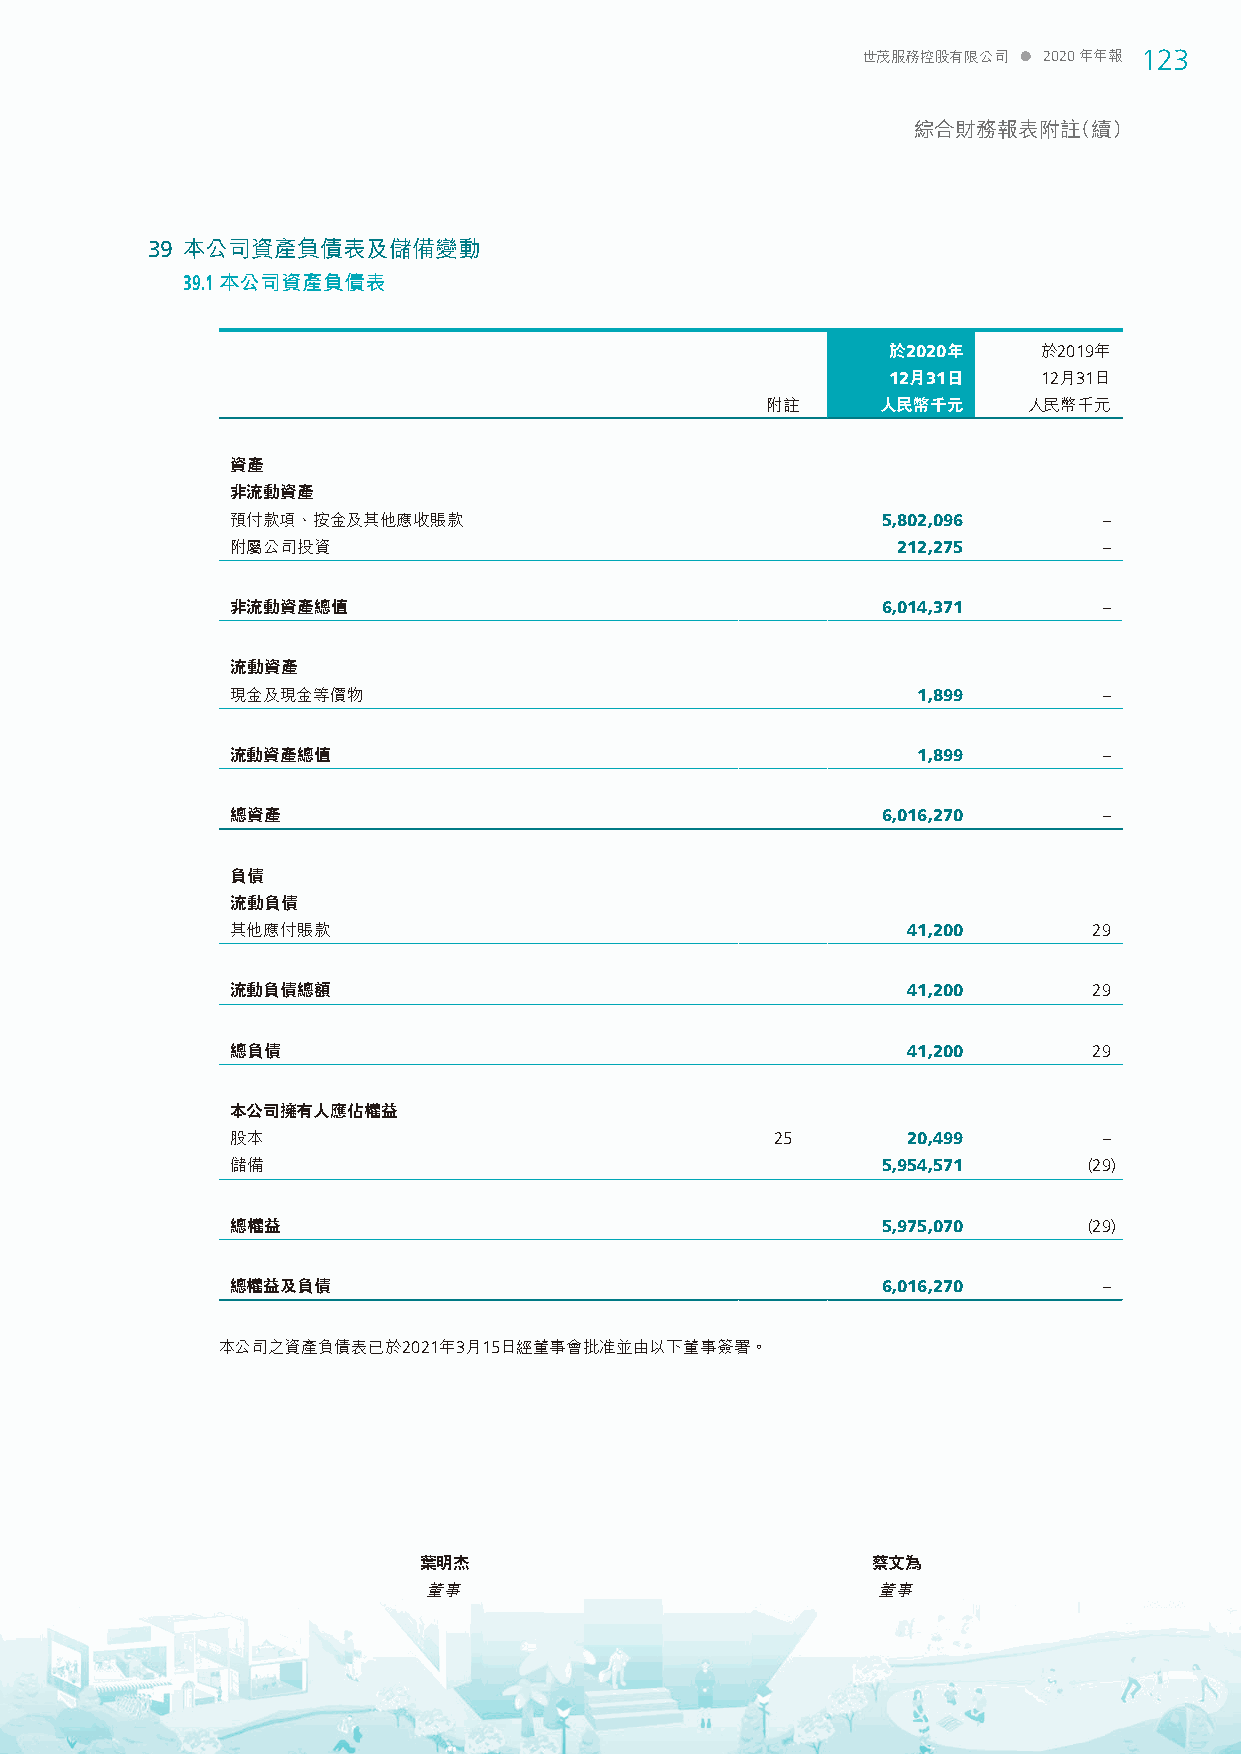
世茂服務控股有限公司  2020年年報 123
 綜合財務報表附註（續）
 39 本公司資產負債表及儲備變動
 39.1 本公司資產負債表
 於2020年    於2019年
 12月31日    12月31日
 附 註    人民幣千元     人民幣千元
 資產
 非流動資產
 預付款項、按金及其他應收賬款                             5,802,096      –
 附屬公司投資                                      212,275       –
 非流動資產總值                                    6,014,371      –
 流動資產
 現金及現金等價物                                      1,899       –
 流動資產總值                                        1,899       –
 總資產                                        6,016,270      –
 負債
 流動負債
 其他應付賬款                                       41,200      29
 流動負債總額                                       41,200      29
 總負債                                          41,200      29
 本公司擁有人應佔權益
 股本                                  25       20,499       –
 儲備                                         5,954,571     (29)
 總權益                                        5,975,070     (29)
 總權益及負債                                     6,016,270      –
 本公司之資產負債表已於2021年3月15日經董事會批准並由以下董事簽署。
 葉明杰                           蔡文為
 董事                            董事